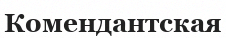
Комендантская